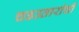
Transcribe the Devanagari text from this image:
चढउतारांची